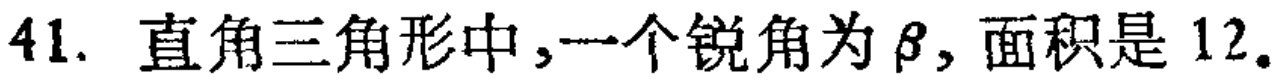
41. 直角三角形中，一个锐角为\(\beta\)，面积是 \(12\)。